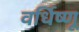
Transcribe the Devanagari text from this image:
वर्धिष्णू